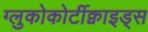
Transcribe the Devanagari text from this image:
ग्लुकोकोर्टीक्वाइड्स